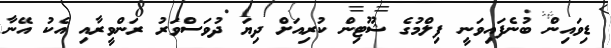
ޑިވައިން ބުނެފައިވަނީ ފިލްމުގެ ޝޫޓިން ކުރިއަށް ދިޔަ ދުވަސްވަރު ރަންވީރާއި އެކު އޭނާ